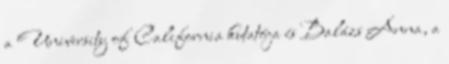
a University of California kutatója és Balázs Anna, a